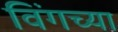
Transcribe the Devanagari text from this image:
विंगच्या